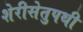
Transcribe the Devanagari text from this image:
शेरीसेतुपथी